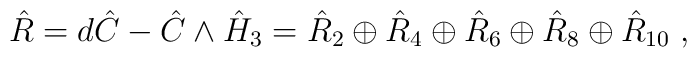
\hat{R}=d\hat{C} - \hat{C} \wedge \hat{H}_3 = \hat{R}_2 \oplus \hat{R}_4 \oplus \hat{R}_6  \oplus \hat{R}_8  \oplus \hat{R}_{10} \; ,